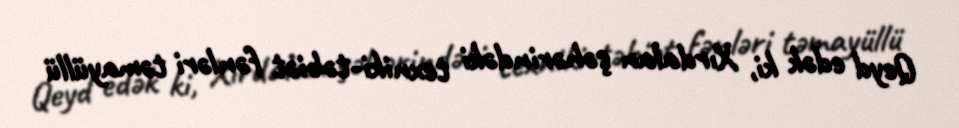
Qeyd edək ki, Xırdalan şəhərindəki texniki-təbiət fənləri təmayüllü